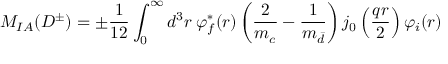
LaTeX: { \cal M } _ { I A } ( D ^ { \pm } ) = \pm \frac { 1 } { 1 2 } \int _ { 0 } ^ { \infty } d ^ { 3 } r \: \varphi _ { f } ^ { * } ( r ) \left( \frac { 2 } { m _ { c } } - \frac { 1 } { m _ { \bar { d } } } \right) j _ { 0 } \left( \frac { q r } { 2 } \right) \varphi _ { i } ( r )